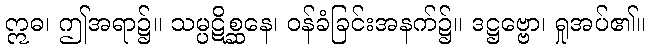
ဣဓ၊ ဤအရာ၌။ သမ္ပဋိစ္ဆနေ၊ ဝန်ခံခြင်းအနက်၌။ ဒဋ္ဌဗ္ဗော၊ ရှုအပ်၏။